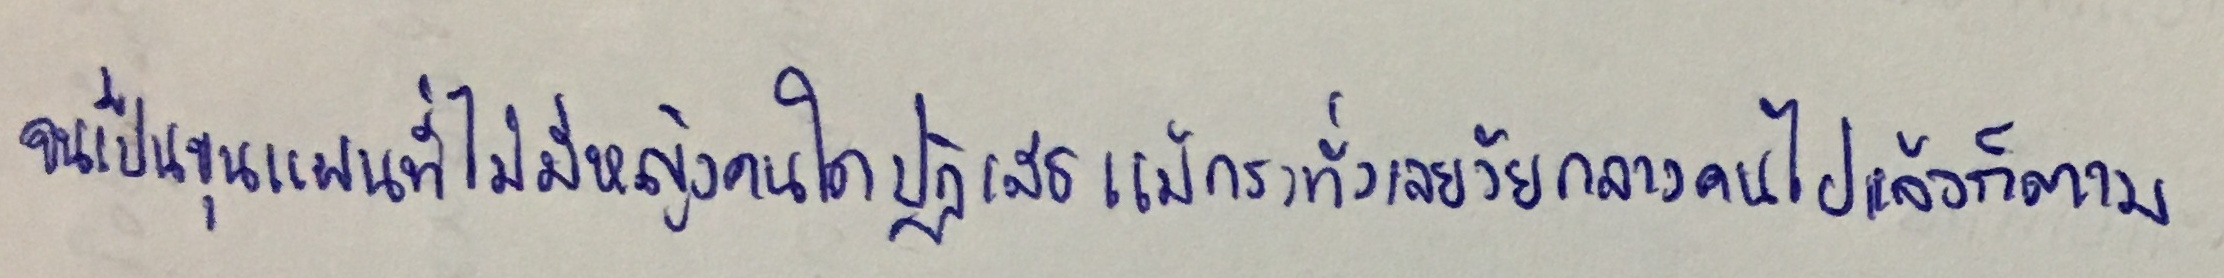
จนเป็นขุนแผนที่ไม่มีหญิงคนใดปฏิเสธแม้กระทั่งเลยวัยกลางคนแล้วก็ตาม